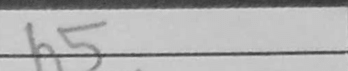
Transcription: h5